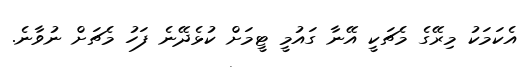
އެކަމަކު މިރޭގެ މެޗަކީ އޭނާ ގައުމީ ޓީމަށް ކުޅެދޭނެ ފަހު މެޗަށް ނުވާނެ.